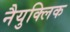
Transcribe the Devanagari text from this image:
नैयुक्लिक